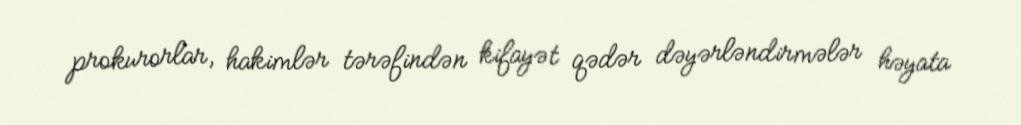
prokurorlar, hakimlər tərəfindən kifayət qədər dəyərləndirmələr həyata